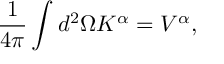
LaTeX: \frac { 1 } { 4 \pi } \int d ^ { 2 } \Omega K ^ { \alpha } = V ^ { \alpha } ,